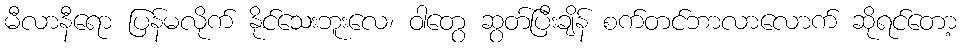
မီလာနီရော ပြန်မလိုက် နိုင်သေးဘူးလေ၊ ဝါတွေ ဆွတ်ပြီးချိန် စက်တင်ဘာလာလောက် ဆိုရင်တော့